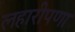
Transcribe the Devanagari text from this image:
लहारीपणा